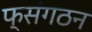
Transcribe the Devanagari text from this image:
फ्संगठन